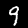
Digit: 9